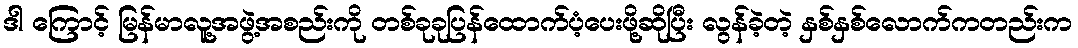
ဒါ ကြောင့် မြန်မာလူ့အဖွဲ့အစည်းကို တစ်ခုခုပြန်ထောက်ပံ့ပေးဖို့ဆိုပြီး လွန်ခဲ့တဲ့ နှစ်နှစ်လောက်ကတည်းက